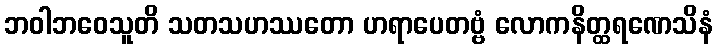
ဘဝါဘဝေသူတိ သတသဟဿတော ဟရာပေတဗ္ဗံ လောကနိတ္ထရဏေသိနံ